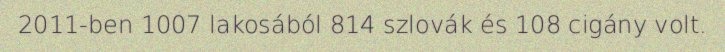
2011-ben 1007 lakosából 814 szlovák és 108 cigány volt.